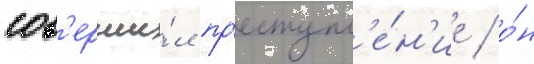
сов'ерши́л пр'еступл'е́н'ие / о́н